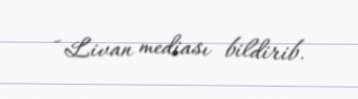
- Livan mediası bildirib.